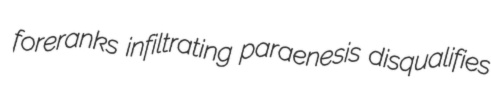
foreranks infiltrating paraenesis disqualifies